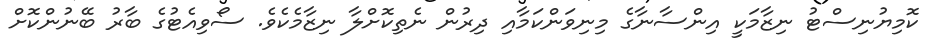
ކޮމިޔުނިސްޓު ނިޒާމަކީ އިންސާނާގެ މިނިވަންކަމާއި ދިރުން ނެތިކޮށްލާ ނިޒާމެކެވެ. ސޯވިއެޓުގެ ބާރު ބޭނުންކޮށް